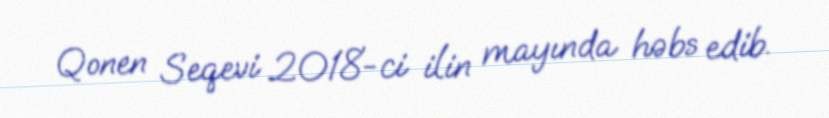
Qonen Seqevi 2018-ci ilin mayında həbs edib.